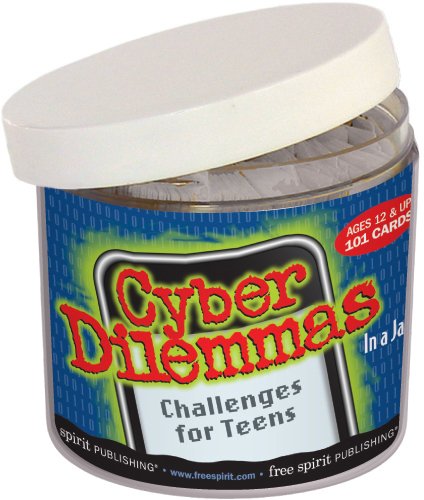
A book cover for Cyber Dilemmas In a Jar: Challenges for Teens; Free Spirit Publishing; Teen & Young Adult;